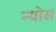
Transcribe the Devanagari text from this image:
न्योस